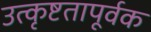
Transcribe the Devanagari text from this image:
उत्कृष्टतापूर्वक